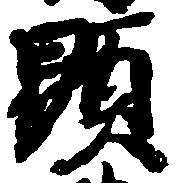
顕